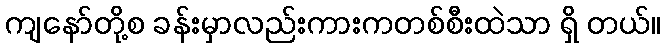
ကျနော်တို့စ ခန်းမှာလည်းကားကတစ်စီးထဲသာ ရှိ တယ်။